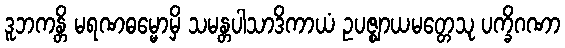
ဒူဘကန္တိ မရဏဓမ္မောမှိ သမန္တပါသာဒိကာယံ ဥပဇ္ဈာယမတ္တေသု ပက္ခိဂဏာ